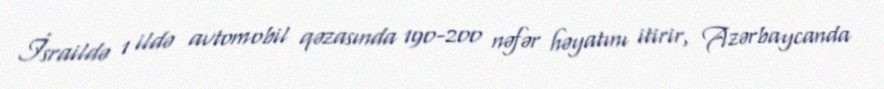
İsraildə 1 ildə avtomobil qəzasında 190-200 nəfər həyatını itirir, Azərbaycanda